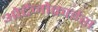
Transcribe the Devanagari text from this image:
ओर्टेनोक्राईस